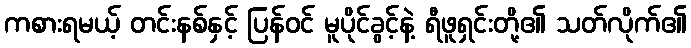
ကစားရမယ့် တင်းနစ်နှင့် ပြန်ဝင် မူပိုင်ခွင့်နဲ့ ရီဖူရှင်းတို့၏ သတ်လိုက်၏